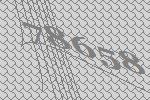
78658